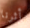
أثرنا